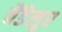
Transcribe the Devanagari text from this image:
चैंडेलुर